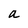
Character: a